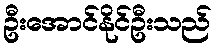
ဦးအောင်နိုင်ဦးသည်